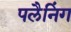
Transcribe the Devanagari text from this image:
पलैनिंग